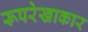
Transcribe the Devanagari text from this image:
रूपरेखाकार